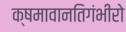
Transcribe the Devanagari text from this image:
क्षमावानतिगंभीरो